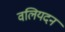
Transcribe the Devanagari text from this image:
वलियदन